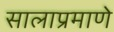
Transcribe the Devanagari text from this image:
सालाप्रमाणे